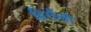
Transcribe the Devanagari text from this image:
हिरौली